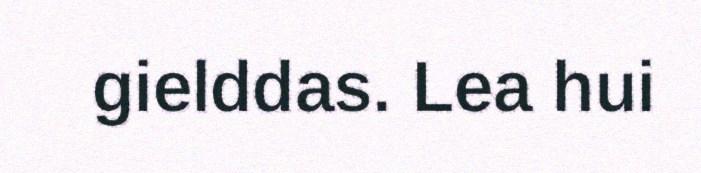
gielddas. Lea hui